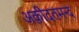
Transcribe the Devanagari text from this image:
अक़ीदतमन्द